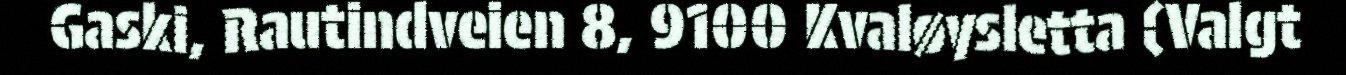
Gaski, Rautindveien 8, 9100 Kvaløysletta (Valgt